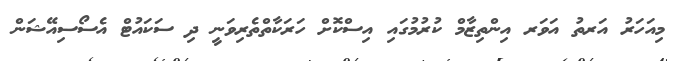
މިއަހަރު އަރތު އަވަރ އިންތިޒާމް ކުރުމުގައި އިސްކޮށް ހަރަކާތްތެރިވަނީ ދި ސަކައުޓް އެސޯސިއޭޝަން